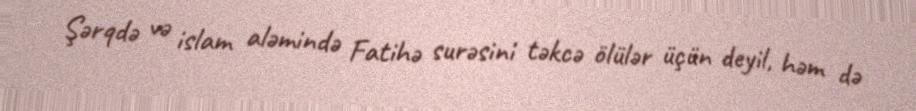
Şərqdə və islam aləmində Fatihə surəsini təkcə ölülər üçün deyil, həm də